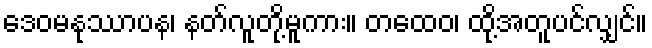
ဒေဝမနုဿာပန၊ နတ်လူတို့မူကား။ တထေဝ၊ ထို့အတူပင်လျှင်။